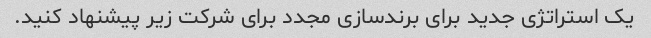
یک استراتژی جدید برای برندسازی مجدد برای شرکت زیر پیشنهاد کنید.